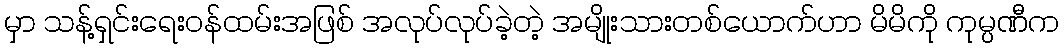
မှာ သန့်ရှင်းရေးဝန်ထမ်းအဖြစ် အလုပ်လုပ်ခဲ့တဲ့ အမျိုးသားတစ်ယောက်ဟာ မိမိကို ကုမ္ပဏီက